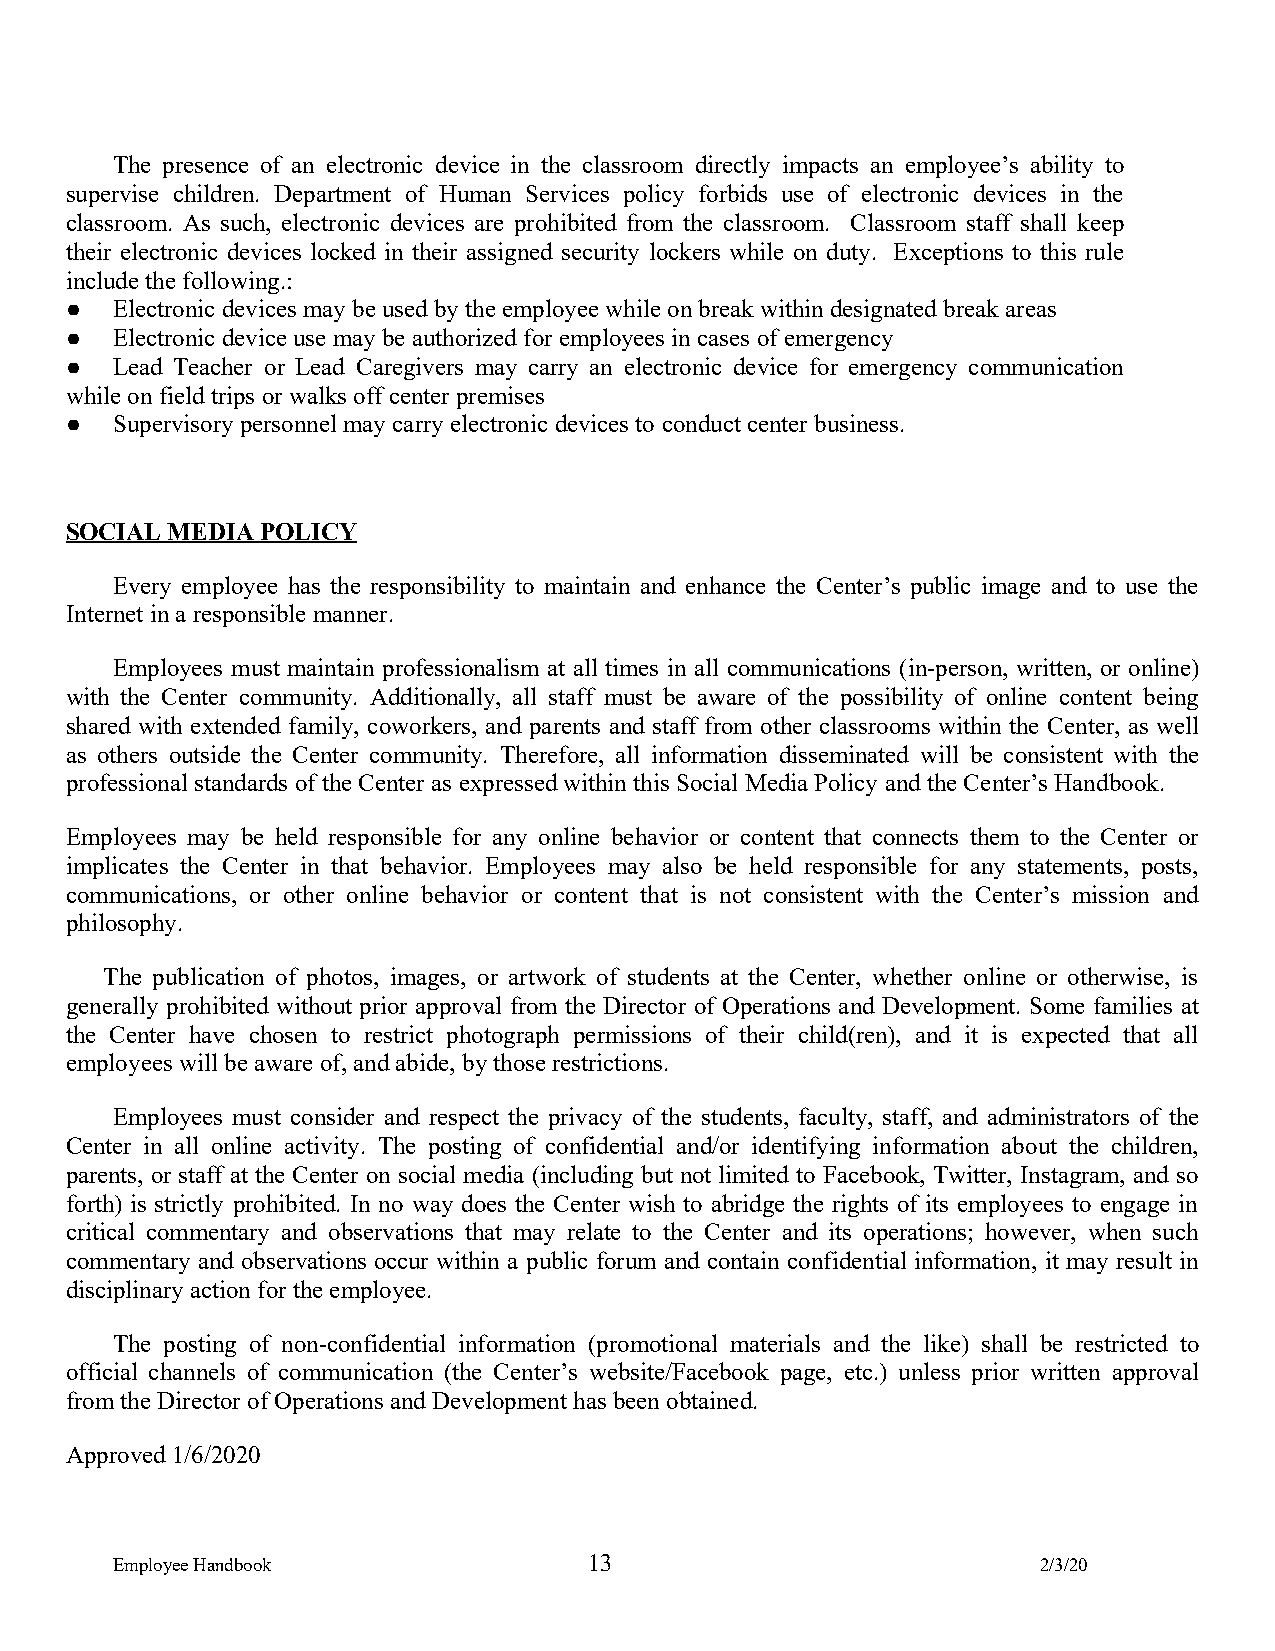
The presence of an electronic device in the classroom directly impacts an employee’s ability to
 supervise children. Department of Human Services policy forbids use of electronic devices in the
 classroom. As such, electronic devices are prohibited from the classroom. Classroom staff shall keep
 their electronic devices locked in their assigned security lockers while on duty. Exceptions to this rule
 include the following.:
 ●  Electronic devices may be used by the employee while on break within designated break areas
 ●  Electronic device use may be authorized for employees in cases of emergency
 ●  Lead Teacher or Lead Caregivers may carry an electronic device for emergency communication
 while on field trips or walks off center premises
 ●  Supervisory personnel may carry electronic devices to conduct center business.
 SOCIAL MEDIA POLICY
 Every employee has the responsibility to maintain and enhance the Center’s public image and to use the
 Internet in a responsible manner.
 Employees must maintain professionalism at all times in all communications (in-person, written, or online)
 with the Center community. Additionally, all staff must be aware of the possibility of online content being
 shared with extended family, coworkers, and parents and staff from other classrooms within the Center, as well
 as others outside the Center community. Therefore, all information disseminated will be consistent with the
 professional standards of the Center as expressed within this Social Media Policy and the Center’s Handbook.
 Employees may be held responsible for any online behavior or content that connects them to the Center or
 implicates the Center in that behavior. Employees may also be held responsible for any statements, posts,
 communications, or other online behavior or content that is not consistent with the Center’s mission and
 philosophy.
 The publication of photos, images, or artwork of students at the Center, whether online or otherwise, is
 generally prohibited without prior approval from the Director of Operations and Development. Some families at
 the Center have chosen to restrict photograph permissions of their child(ren), and it is expected that all
 employees will be aware of, and abide, by those restrictions.
 Employees must consider and respect the privacy of the students, faculty, staff, and administrators of the
 Center in all online activity. The posting of confidential and/or identifying information about the children,
 parents, or staff at the Center on social media (including but not limited to Facebook, Twitter, Instagram, and so
 forth) is strictly prohibited. In no way does the Center wish to abridge the rights of its employees to engage in
 critical commentary and observations that may relate to the Center and its operations; however, when such
 commentary and observations occur within a public forum and contain confidential information, it may result in
 disciplinary action for the employee.
 The posting of non-confidential information (promotional materials and the like) shall be restricted to
 official channels of communication (the Center’s website/Facebook page, etc.) unless prior written approval
 from the Director of Operations and Development has been obtained.
 Approved 1/6/2020
 Employee Handbook               13                            2/3/20